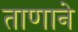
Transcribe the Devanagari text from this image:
ताणाने